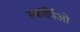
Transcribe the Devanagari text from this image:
स्कॉर्पिओ